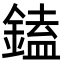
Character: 鎑